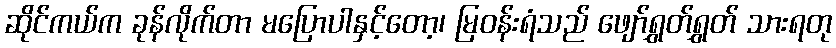
ဆိုင်ကယ်က ခုန်လိုက်တာ မပြောပါနှင့်တော့၊ မြဝန်းရံသည် ဖျော်ရွှတ်ရွှတ် သားရတု